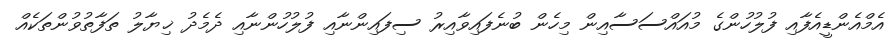
އެމްއެންޑީއެފާއި ފުލުހުންގެ މުއައްސަސާއިން މިހެން ބުނެފައިވާއިރު ސިފައިންނާއި ފުލުހުންނާއި ދެމެދު ޚިޔާލު ތަފާތުވުންތަކެއް